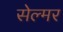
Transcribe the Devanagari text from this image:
सेल्मर